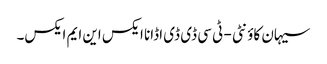
سیہان کاؤنٹی - ٹی سی ڈی ڈی اڈانا ایکس این ایم ایکس۔